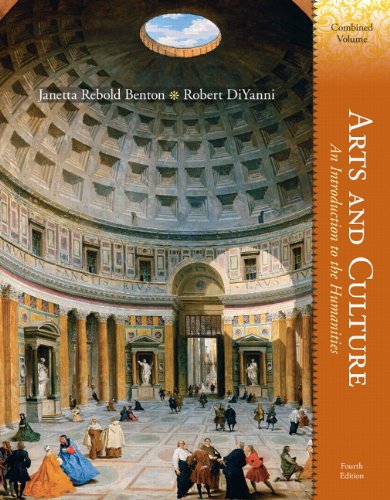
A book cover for Arts and Culture: An Introduction to the Humanities, Combined Volume (4th Edition); Janetta Rebold Benton; Arts & Photography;